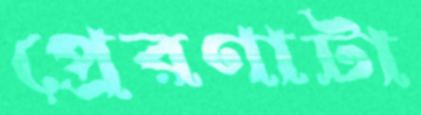
প্রেরণাটা